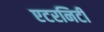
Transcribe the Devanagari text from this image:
एटरनिटी